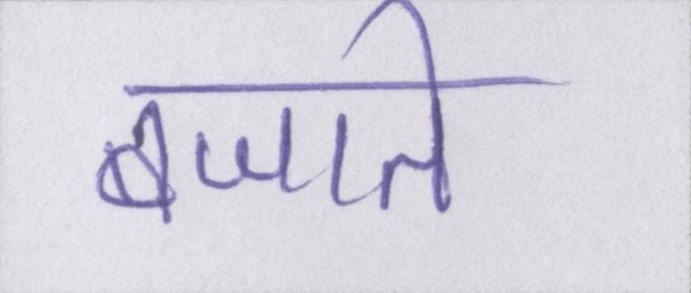
बजाते